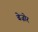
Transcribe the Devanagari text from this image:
बेज़ोर